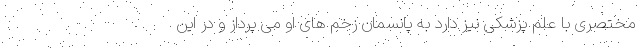
مختصری با علم پزشکی نیز دارد به پانسمان زخم های او می پرداز و در این